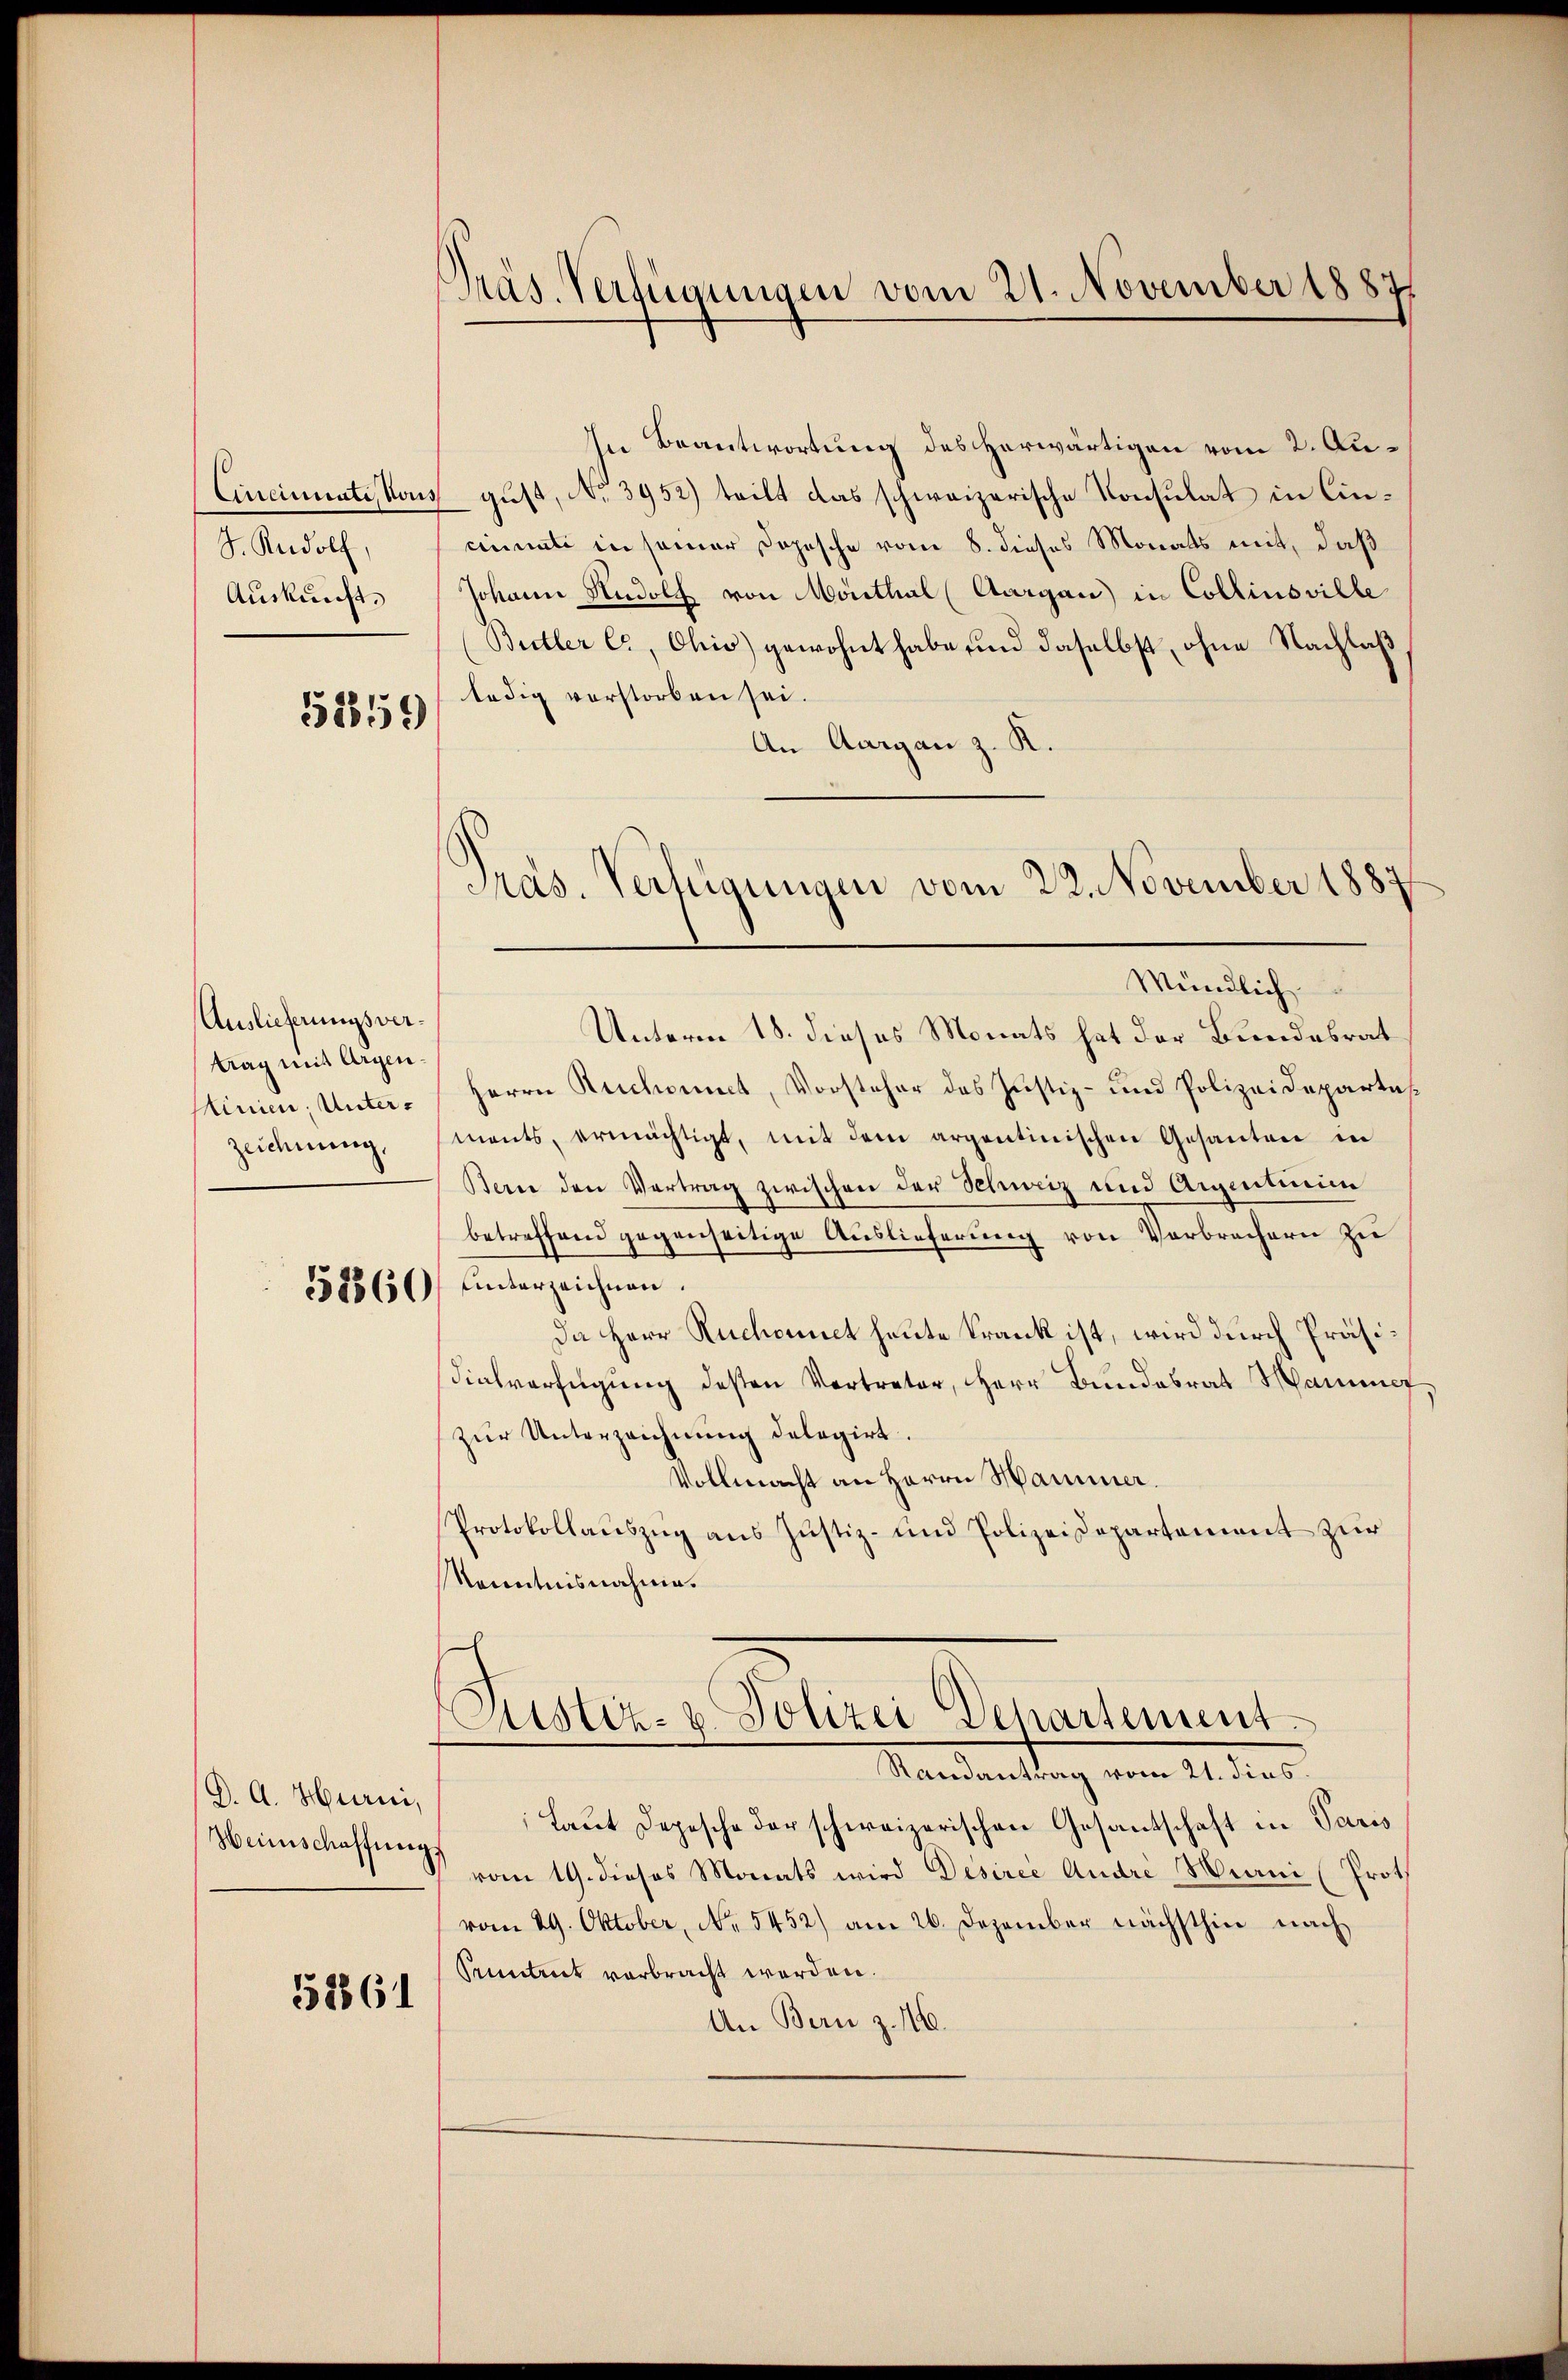
Encinnate, von
S. Rudolf,
Auskunft.

5259

Auslieferungsvertrag mit Argen.
Minien, Unterzeichnung,

D. A. Hurni,
Weinschaffungs

52861

Präs. Verfügungen vom 21. November 1887

In Beantwortung des herwärtigen vom 2. Au¬
 gust, No. 3952) teilt das schweizerische Konsulat in Cincinati in seiner Dopesche vom 8. dieses Monats mit, daß
Johann Rudolf von Monthal (Aargau in Collinsville
(Butter C., Ohio) gewohnt habe, und daselbst, ohne Nachlaß
ledig verstorben sei.
An Aargau z. R.
Unterm 18. dieses Monats hat der Bundesrat
Herrn Ruchonet, Vorsteher des Justiz- und Polizeidepartements, ermächtigt, mit dem argentinischen Gesanten in
Bern den Vertrag zwischen der Schweiz und Aigentum
betreffend gegenseitige Auslieferŭng von Verbrachern zu
258860) unterzeichnen.
Da Herr Ruchonet heute Krank ist, wird durch Präsidialverfügung desten Vertreter, Herr Bundesrat Manne
zur Unterzeichnung delegirt.
Vollmacht an Herrn Hammer.
Protokollauszug aus Justiz- und Polizeidepartement zur
Kenntnisnahme.
Justiz- & Polizei Departement
—
Mandantung vom 14. dies
Laut Depesche der schweizerischen Gesantschaft in Paris
vom 19. dieses Monats wird Desiree Andre Hurni (Prot.
vom 29. Oktober, No 5452) am 26. Dezember nächsthin nach
Pruntrit verbracht werden.
An Bern z. 116.

Pras. Vertigungen vom 22. November 1887
Mündlich.